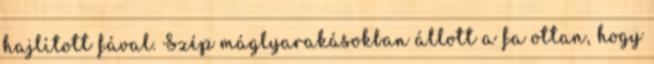
hajlított fával. Szép máglyarakásokban állott a fa ottan, hogy